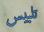
تلبيس